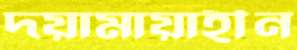
দয়ামায়াহীন